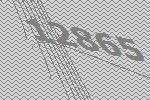
12865